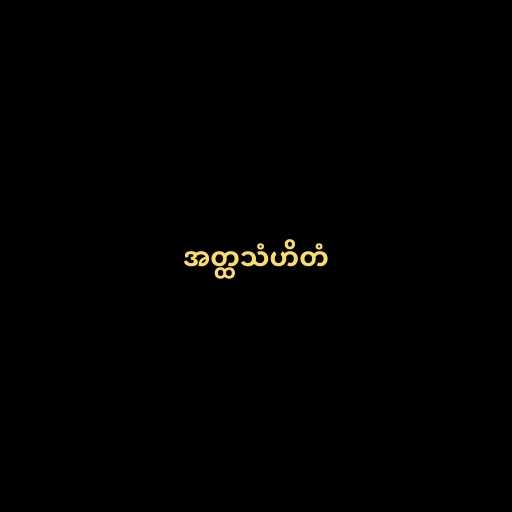
အတ္ထသံဟိတံ